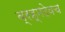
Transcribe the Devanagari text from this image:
ब्रह्मदेवच